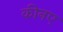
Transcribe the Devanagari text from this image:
कीनए